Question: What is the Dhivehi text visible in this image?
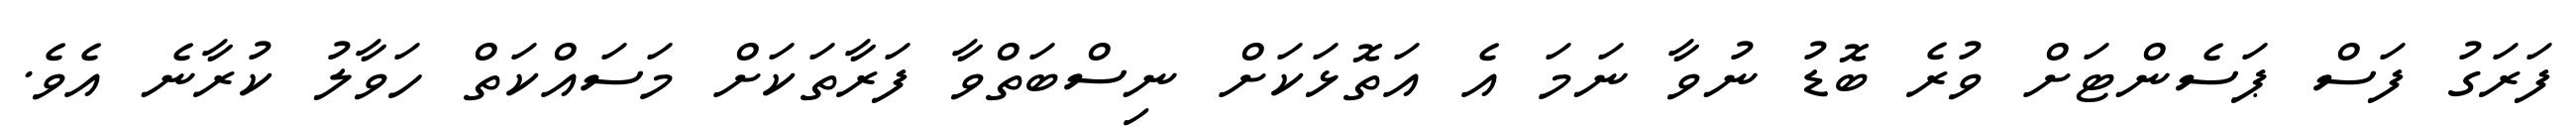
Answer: ފަރަގު ފަސް ޕަސެންޓަށް ވުރެ ބޮޑު ނުވާ ނަމަ އެ އަތޮޅަކަށް ނިސްބަތްވާ ފަރާތަކަށް މަސައްކަތް ހަވާލު ކުރާނެ އެވެ.